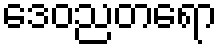
ဒေဝညတရော